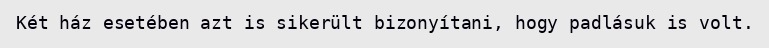
Két ház esetében azt is sikerült bizonyítani, hogy padlásuk is volt.